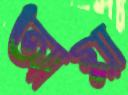
আগ্লা